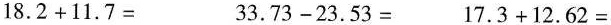
$$1 8 . 2 + 1 1 . 7 =$$ $$3 3 . 7 3 - 2 3 . 5 3 =$$ $$1 7 . 3 + 1 2 . 6 2 =$$